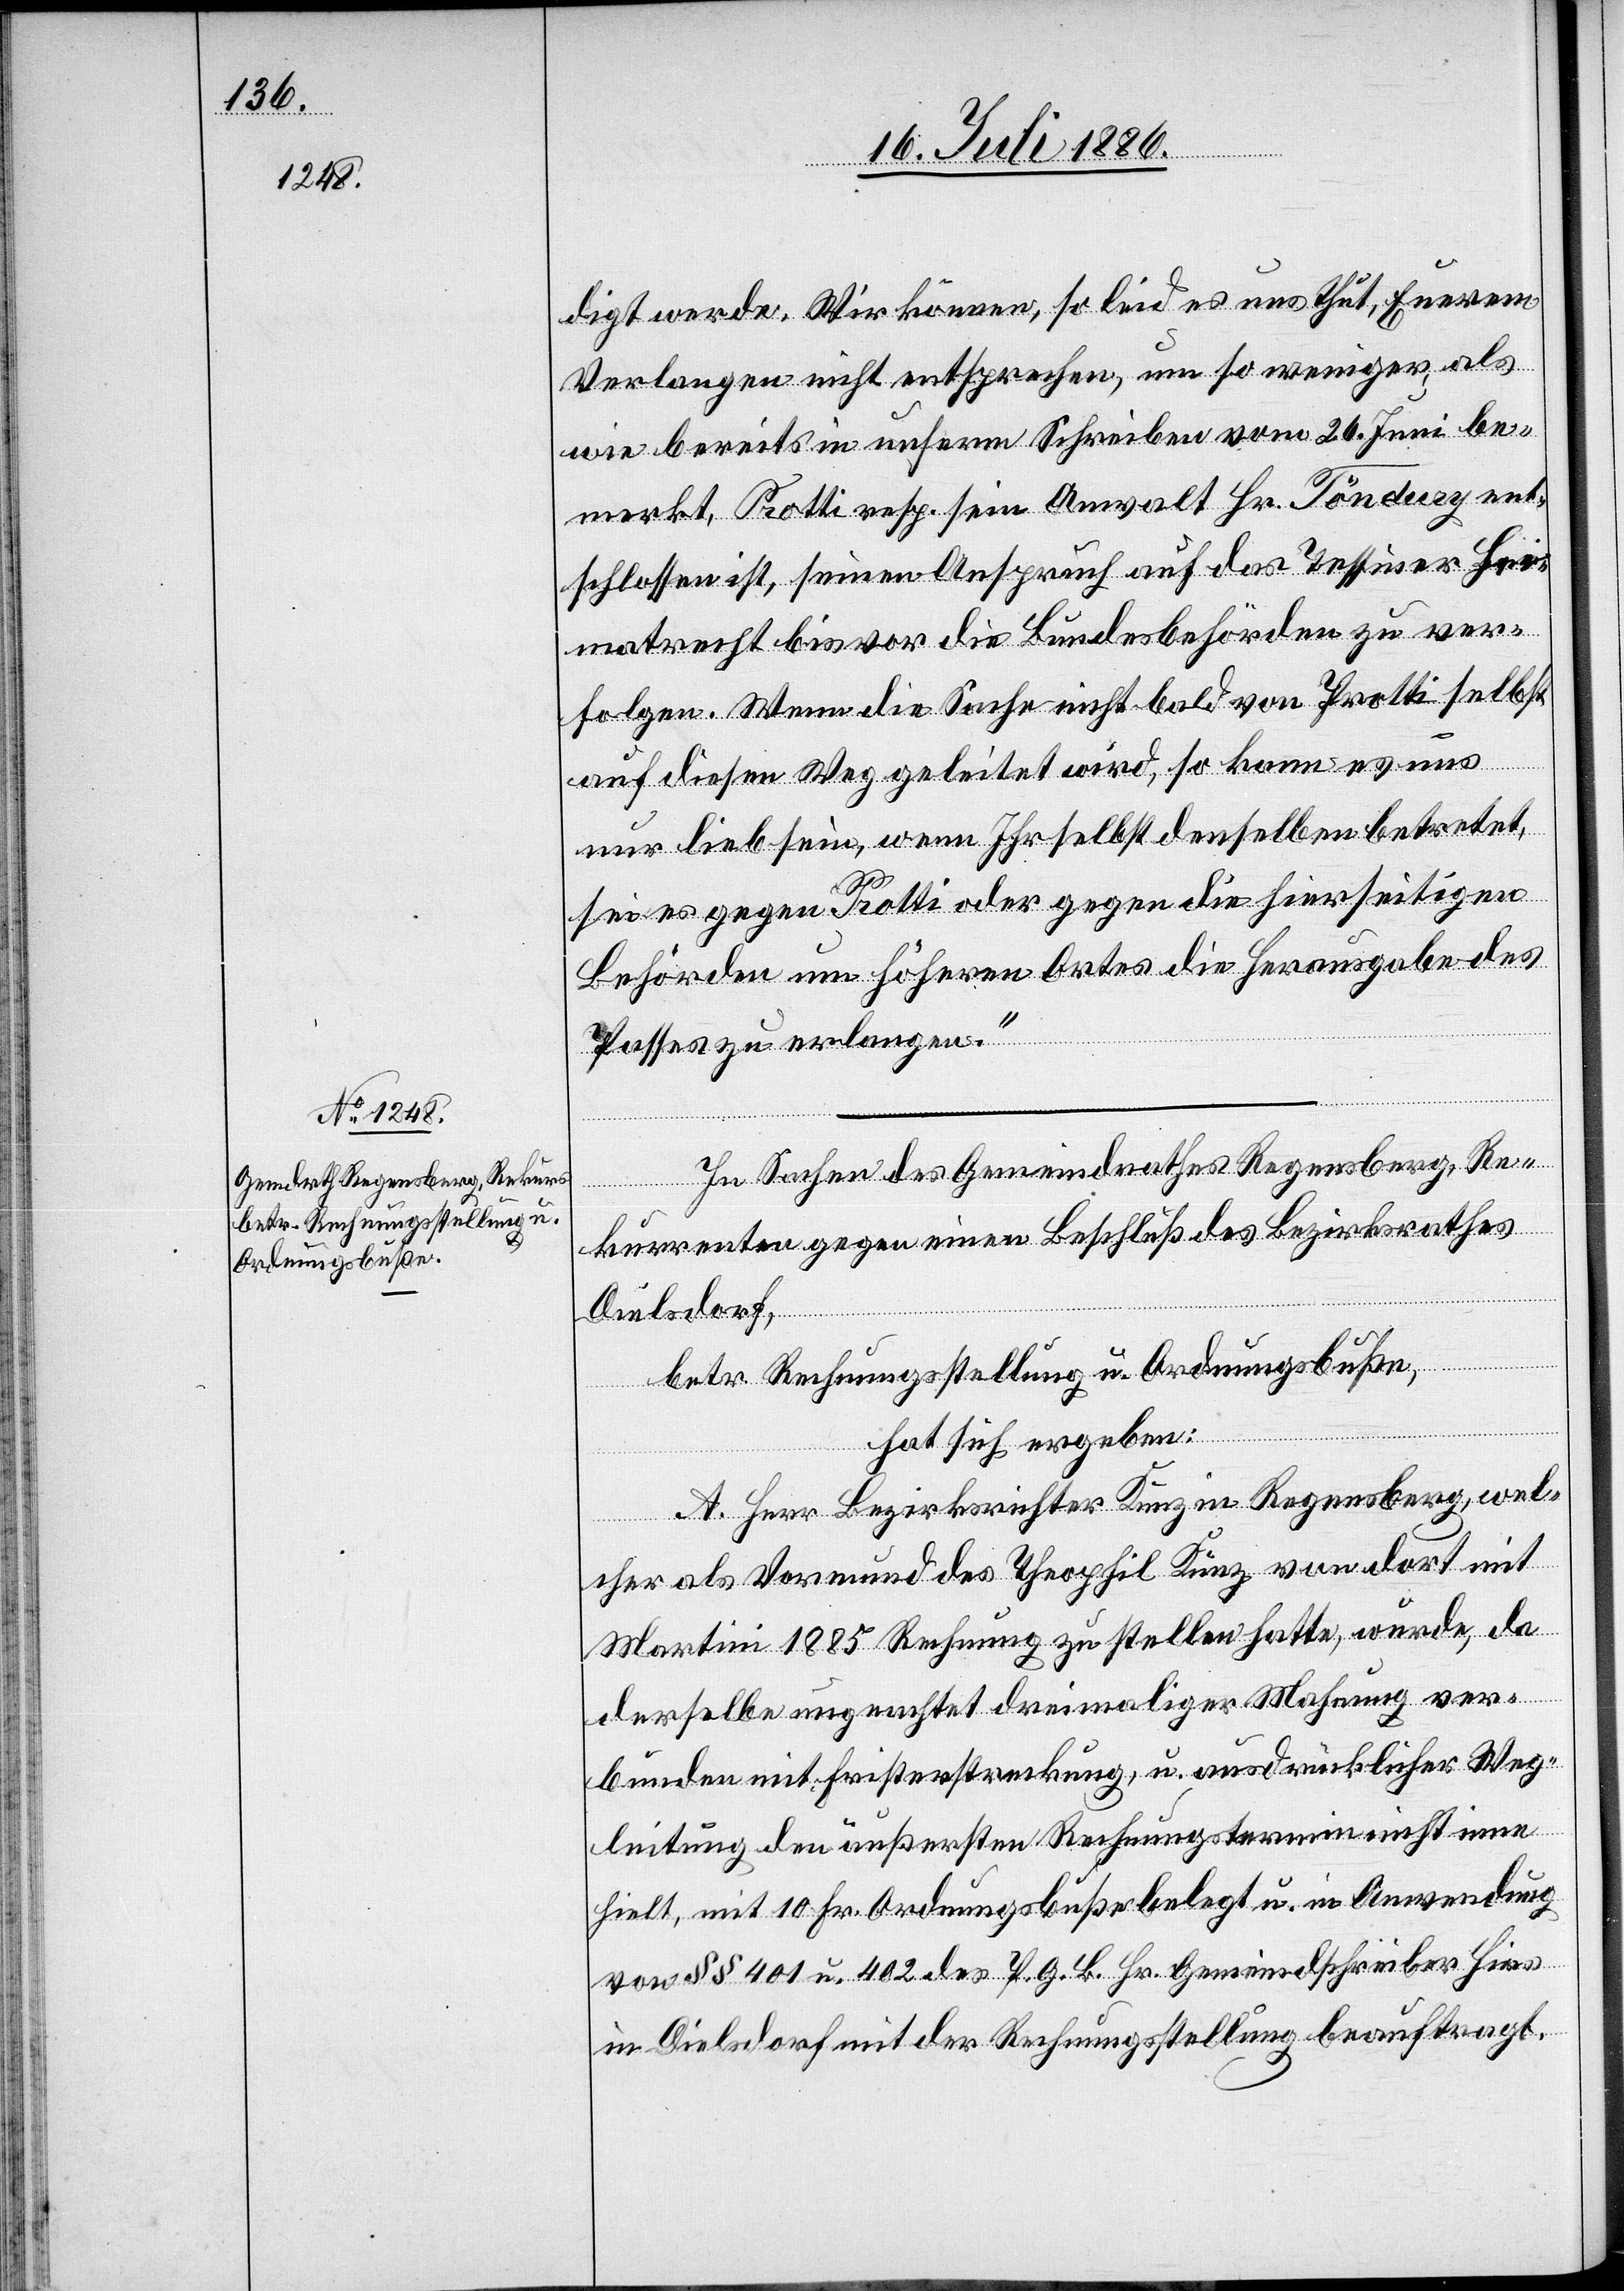
digt werde. Wir können, so leid es uns thut, Euerem
Verlangen nicht entsprechen, um so weniger, als
wie bereits in unserm Schreiben vom 26. Juni be¬
merkt, Protti resp. sein Anwalt Hr. Töndury ent¬
schlossen ist, seinen Anspruch auf das Tessiner He¬
imatrecht bis vor die Bundesbehörden zu ver¬
folgen. Wenn die Sache nicht bald von Protti selbst
auf diesen Weg geleitet wird, so kann es uns
nur lieb sein, wenn Ihr selbst denselben betretet,
sei es gegen Protti oder gegen die hierseitigen
Behörden um höheren Ortes die Herausgabe des
Passes zu erlangen.“
In Sachen des Gemeindrathes Regensberg, Re¬
kurrenten gegen einen Beschluß des Bezirksrathes
Dielsdorf,
betr. Rechnungsstellung u. Ordnungsbuße,
hat sich ergeben:
A. Herr Bezirksrichter Kunz in Regensberg, wel¬
cher als Vormund des Theophil Kunz von dort mit
Martini 1885 Rechnung zu stellen hatte, wurde, da
derselbe ungeachtet dreimaliger Mahnung ver¬
bunden mit Fristerstreckung, u. ausdrücklicher Weg¬
leitung den äußersten Rechnungstermin nicht inne
hielt, mit 10 Fr. Ordnungsbuße belegt u. in Anwendung
von §§ 401 u. 402 des [P.] G. B. Hr. Gemeindschreiber Hirs
in Dielsdorf mit der Rechnungsstellung beauftragt.